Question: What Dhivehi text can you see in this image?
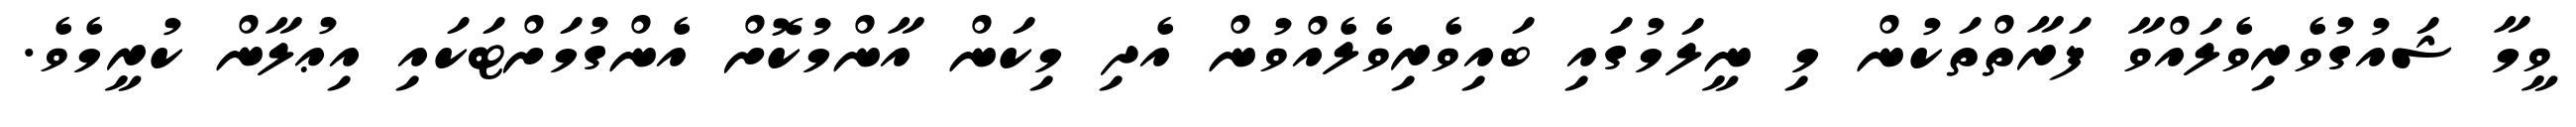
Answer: ވީމާ ޝައުގުވެރިވެލައްވާ ފަރާތްތަކުން މި ނީލަމުގައި ބައިވެރިވެލެއްވުން އެދި މިކަން އާންމުކޮށް އެންގުމަށްޓަކައި އިޢުލާން ކުރީމެވެ.